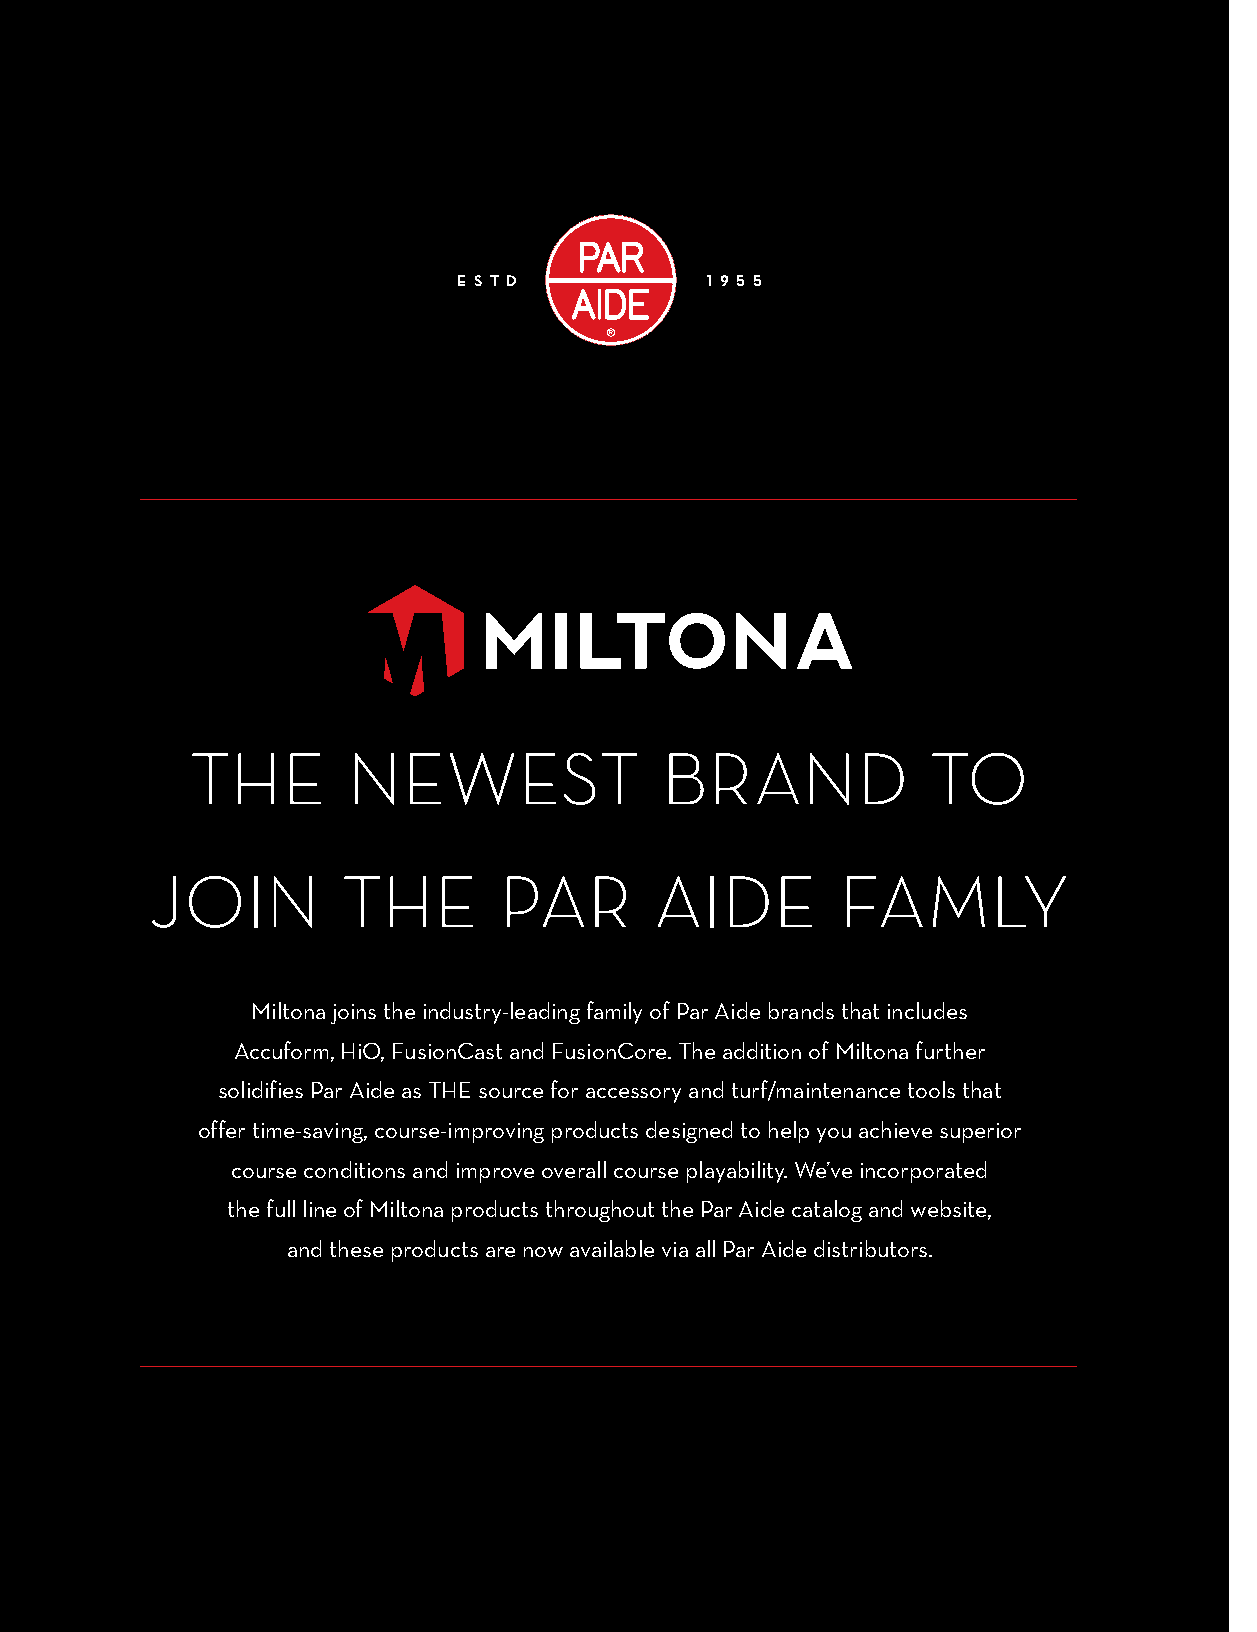
E S T D          1 9 5 5
 THE       NEWEST               BRAND             TO
 JOIN         THE       PAR       AIDE         FAMLY
 Miltona joins the industry-leading family of Par Aide brands that includes
 Accuform, HiO, FusionCast and FusionCore. The addition of Miltona further
 solidifies Par Aide as THE source for accessory and turf/maintenance tools that
 offer time-saving, course-improving products designed to help you achieve superior
 course conditions and improve overall course playability. We’ve incorporated
 the full line of Miltona products throughout the Par Aide catalog and website,
 and these products are now available via all Par Aide distributors.